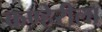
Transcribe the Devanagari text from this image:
कण्हेरीला